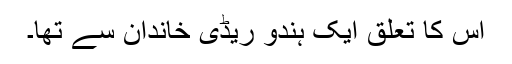
اس کا تعلق ایک ہندو ریڈی خاندان سے تھا۔